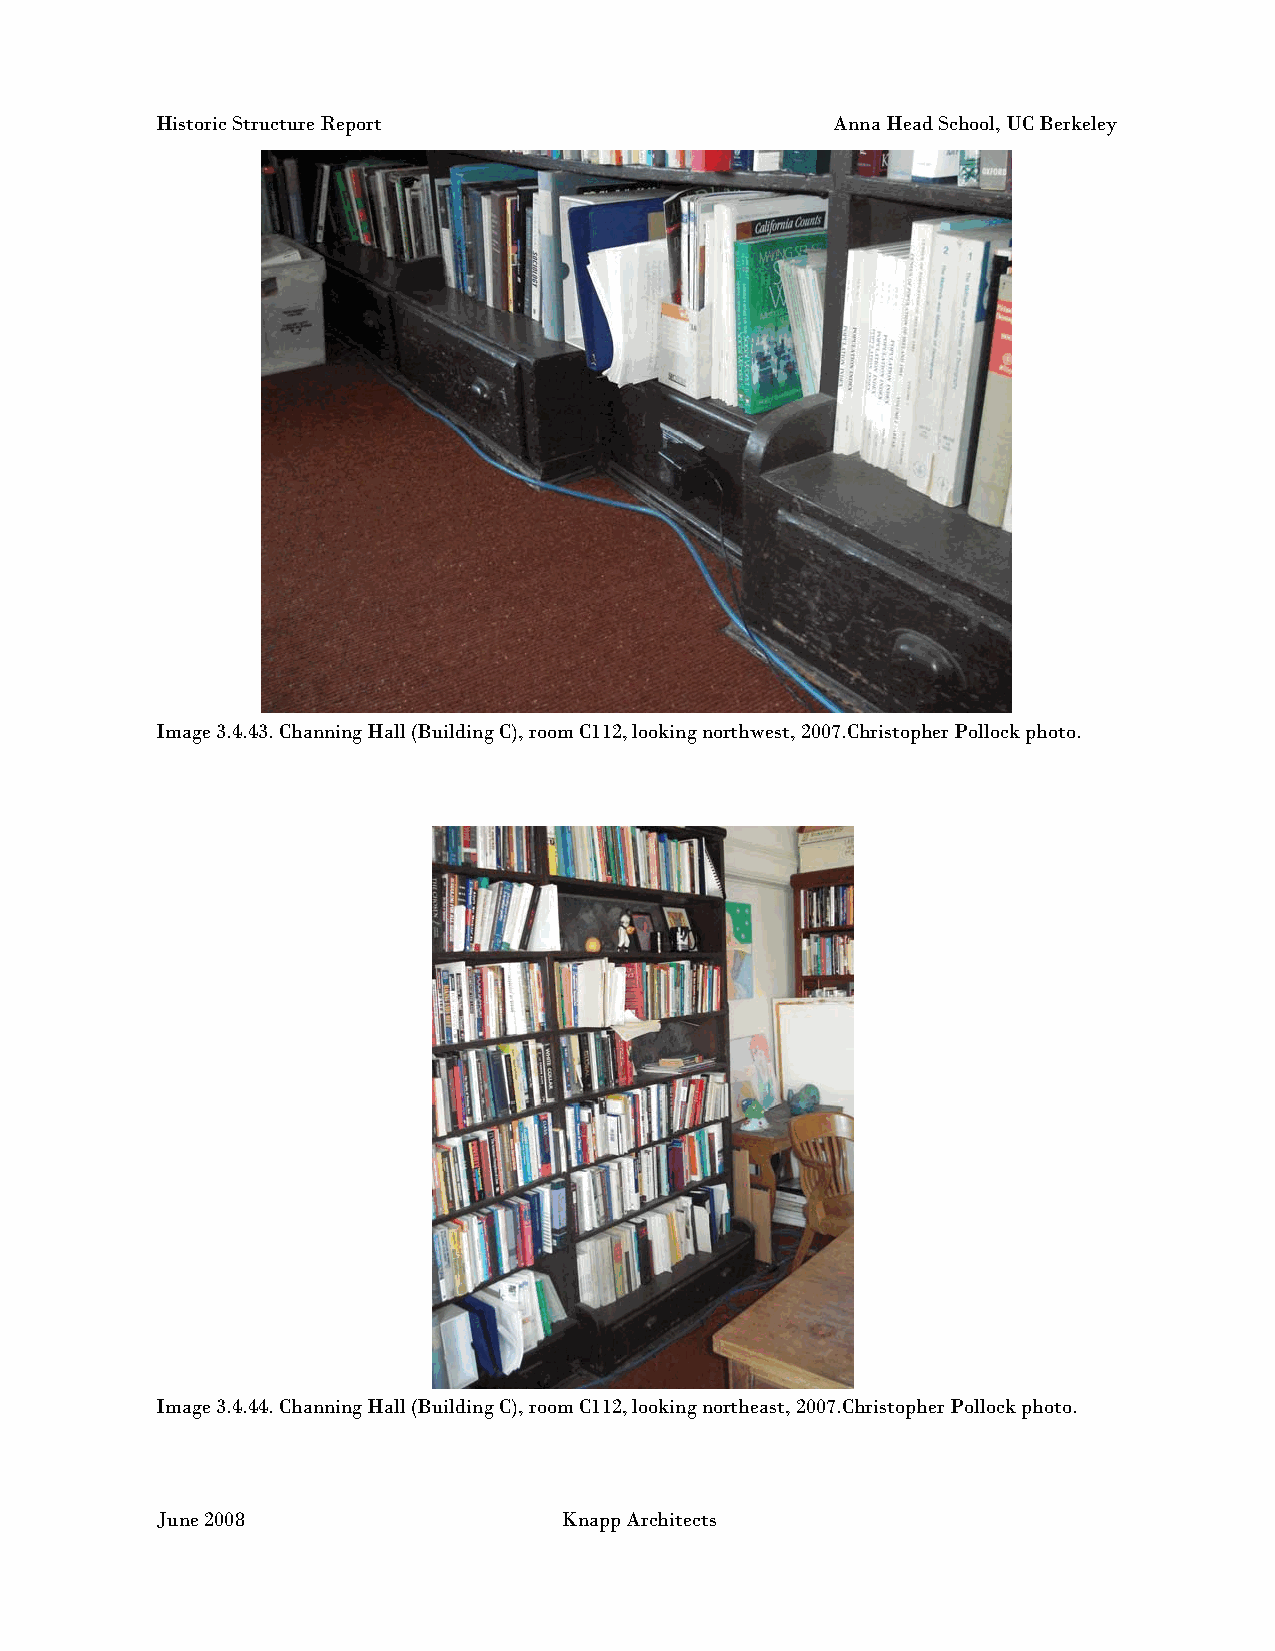
Historic Structure Report                    Anna Head School, UC Berkeley
 Image 3.4.43. Channing Hall (Building C), room C112, looking northwest, 2007.Christopher Pollock photo.
 Image 3.4.44. Channing Hall (Building C), room C112, looking northeast, 2007.Christopher Pollock photo.
 June 2008                  Knapp Architects